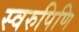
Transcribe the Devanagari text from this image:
स्वरुपिणि